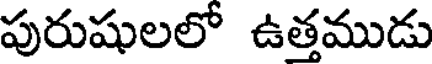
పురుషులలో ఉత్తముడు